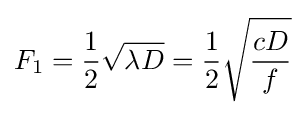
F_{1}={1 \over 2}{\sqrt {\lambda D}}={1 \over 2}{\sqrt {cD \over f}}